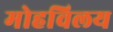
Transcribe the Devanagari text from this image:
मोहविलय